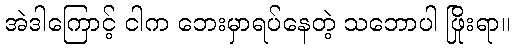
အဲဒါကြောင့် ငါက ဘေးမှာရပ်နေတဲ့ သဘောပါ ဖြိုးရာ။